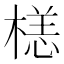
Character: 𣗹